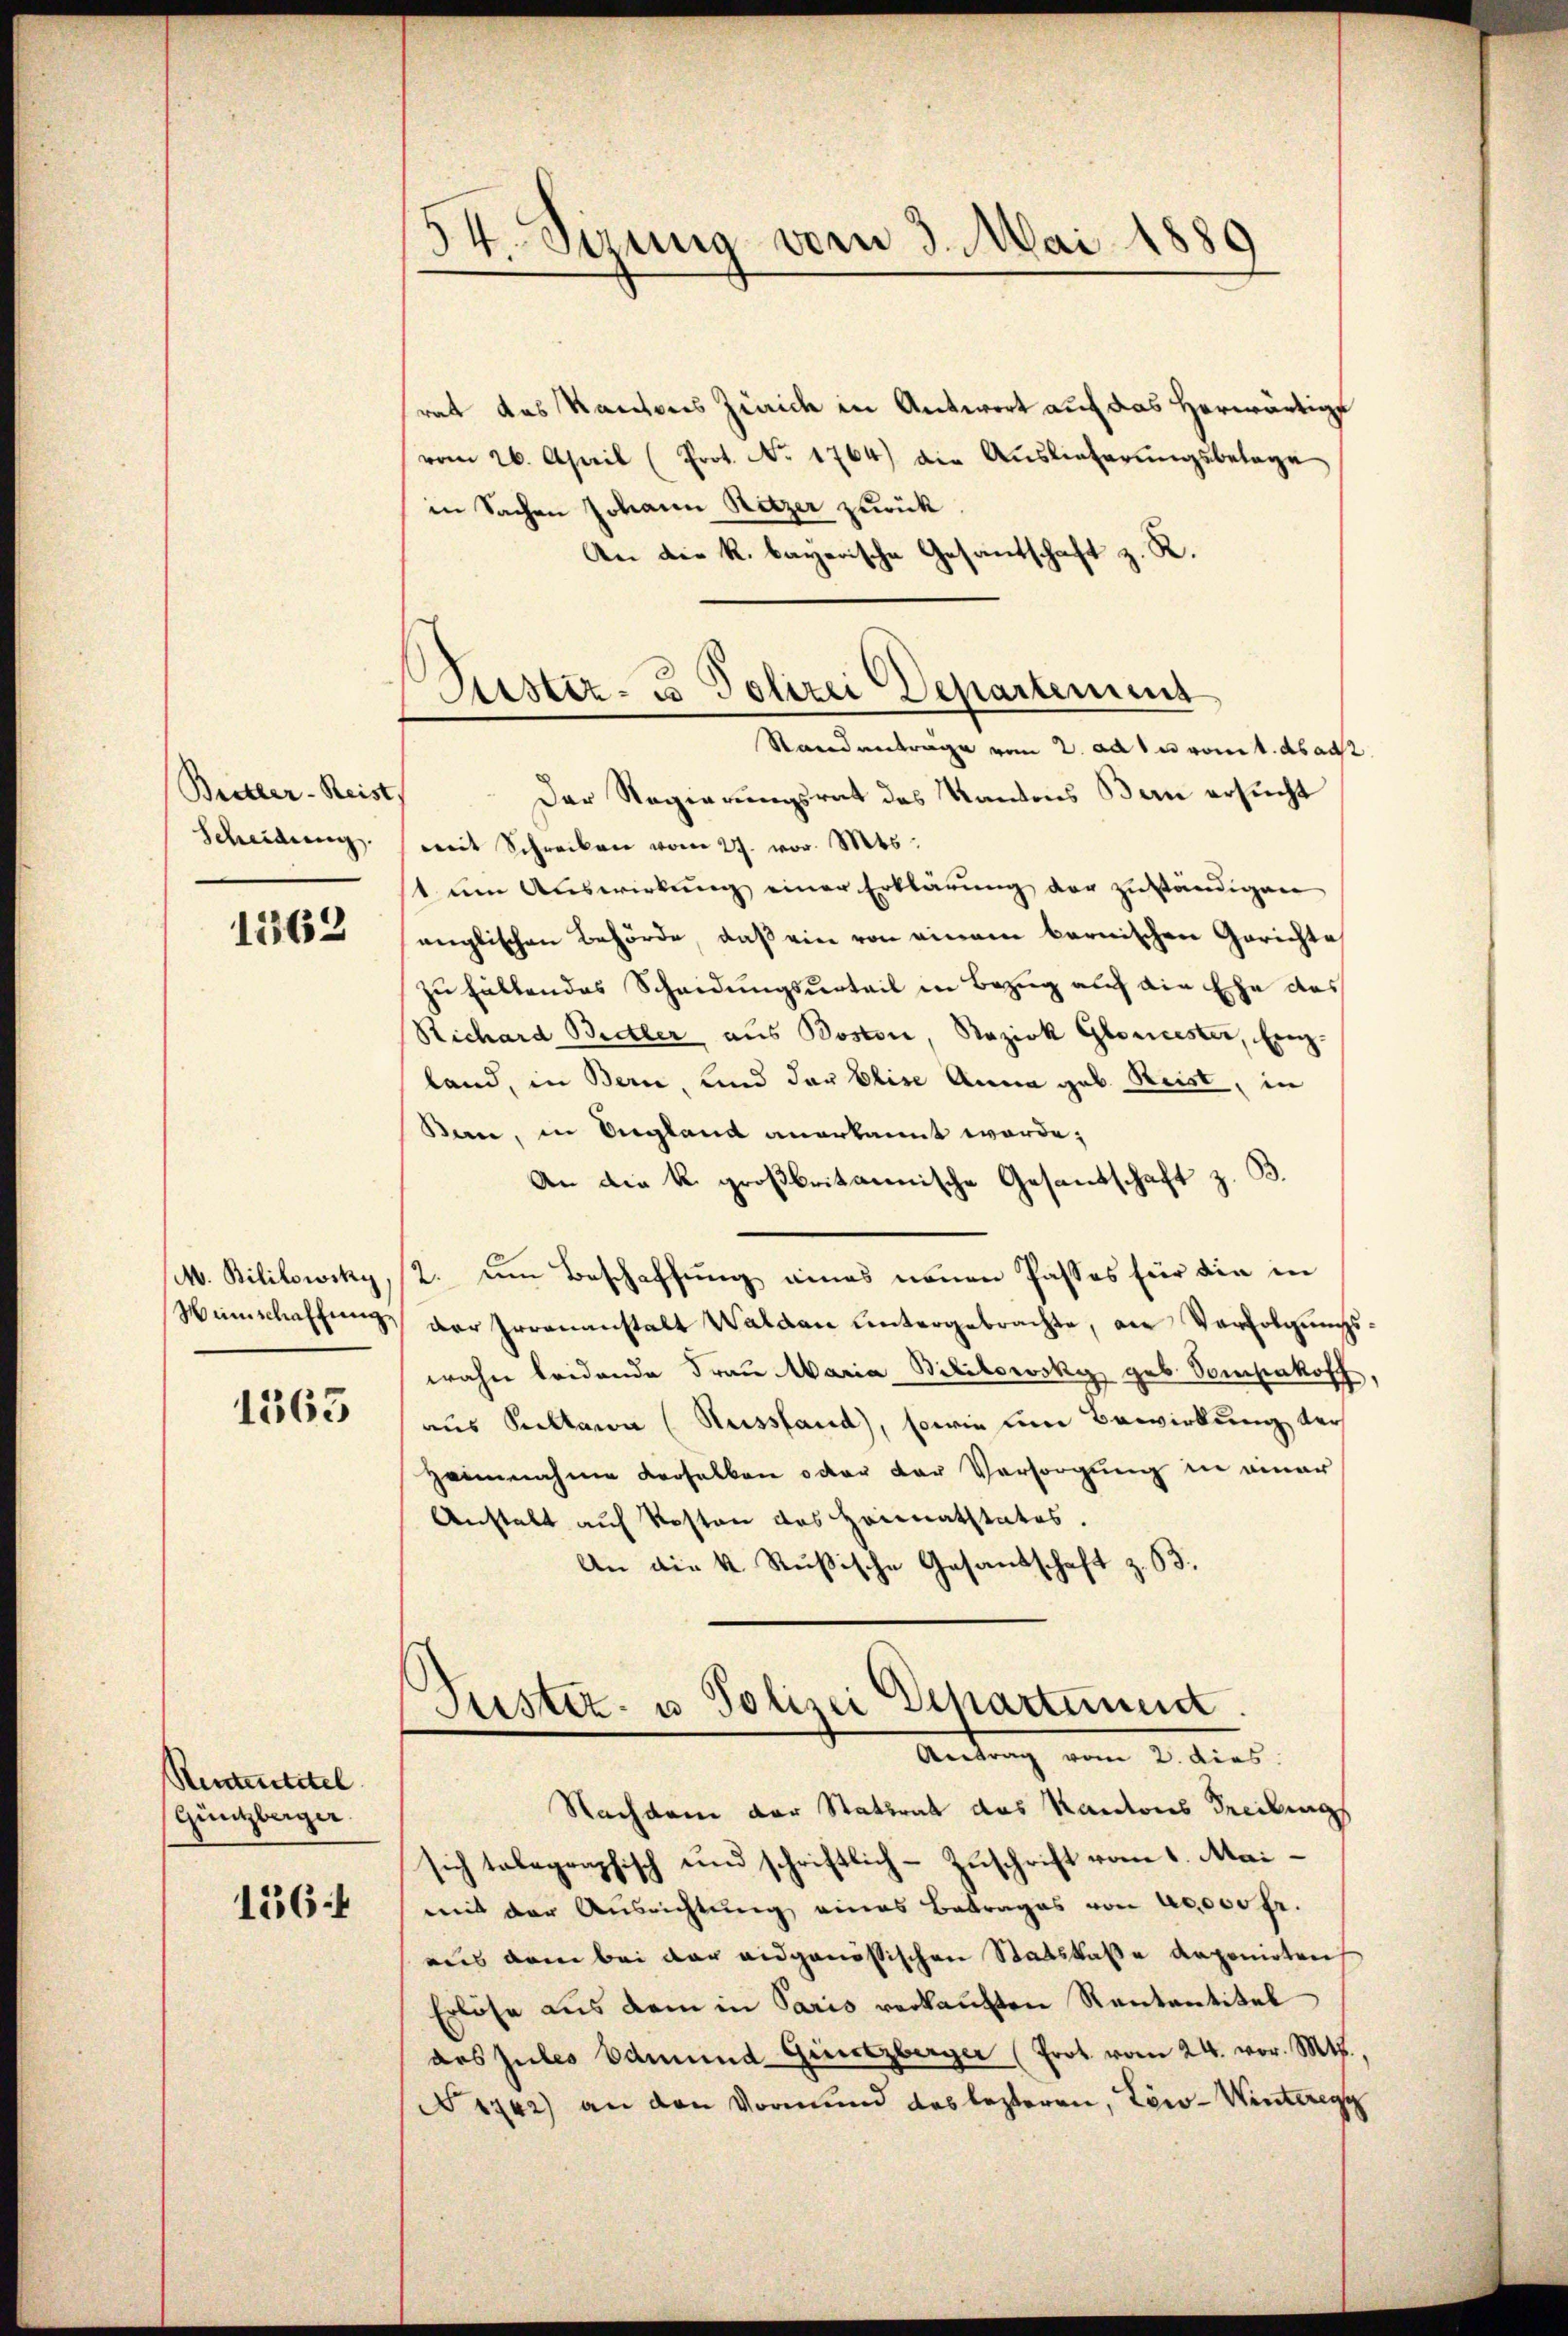
Bretter- Reist.
Scheidung.

1262

M. Bilitowsky,
Wünschaffung

1363

Rententitel
Güntzberger.

136

54. Sirung vom 3. Mai 1889

Puster- u Polizei Departement
Standantrage vom 2. ad 1. vom 1. ds au

rat das Kantons Zürich in Antwort auf das herwärtige
vom 26. April (Prot. No. 1764) die Aŭslieferŭngsbelage
in Sachen Johann Ritzer zurück
An die k. bayerische Gesandschaft z. R.
Der Regierungsrat des Kantons Bern ersucht
mit Schreiben vom 27. vor. Mts.
1 um Auswirkung einer Erklärung der zuständigen
anglischen Behörde, daß ein von einem bernischen Gerichte
zu haltendes Scheidungsurteil in Bezug auf die Ehe des
Richard Bretter aus Boston, Bezirk Gloncester, Einz-
land, in Bern, und der Elise Anna geb. Reist, in
Ban, in Ungland anerkannt werde;
An die k. großbritannische Gesandschaft z. B.
2. um Beschaffung eines neuen Passes für die in
der Irrenanstalt Waldau untergebrachte, an Verfolgungswahn leidende Frau Maria Bililowsky geb. Somsakoff,
aus Kullawa (Russland), sowie um Bewirkung der
Zeinnahme derselben oder der Versorgung in einer
Anstalt auf Kosten des Heimatstates.
An die k. Rußische Gesandschaft z. B.
C
¬
ustiz- u Polizei Departement.
Antrag vom 2. dies
Nachdem der Stattrat das Kantons Treibungs
sich telegraphisch und schriftlich-Zuschrift vom 1. Maimit der Ausrichtung eines Betrages von 20000 fr.
aus dem bei der eidgenössischen Statskaße Raponirtens
Erlöse aus dem in Paris verkauften Rentantitel
des Zules Edmund Gürtzberger (Prot vom 24. vor. Mts.,
No 1742) an den Vormund des lezteren, Löw-Winteregg